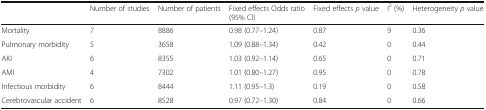
|  | Number of studies | Number of patients | Fixed effects Odds ratio (95% CI) | Fixed effects p value | I2 (%) | Heterogeneity p value |
 | --- | --- | --- | --- | --- | --- | --- |
 | Mortality | 7 | 8886 | 0.98 (0.77–1.24) | 0.87 | 9 | 0.36 |
 | Pulmonary morbidity | 5 | 3658 | 1.09 (0.88–1.34) | 0.42 | 0 | 0.44 |
 | AKI | 6 | 8355 | 1.03 (0.92–1.14) | 0.65 | 0 | 0.71 |
 | AMI | 4 | 7302 | 1.01 (0.80–1.27) | 0.95 | 0 | 0.78 |
 | Infectious morbidity | 6 | 8444 | 1.11 (0.95–1.3) | 0.19 | 0 | 0.58 |
 | Cerebrovascular accident | 6 | 8528 | 0.97 (0.72–1.30) | 0.84 | 0 | 0.66 |